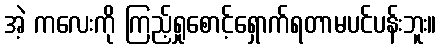
အဲ့ ကလေးကို ကြည့်ရှုစောင့်ရှောက်ရတာမပင်ပန်းဘူး။